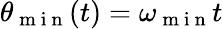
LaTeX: \theta_{\mathrm{~m~i~n~}}(t)=\omega_{\mathrm{~m~i~n~}}t